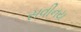
સવીનય